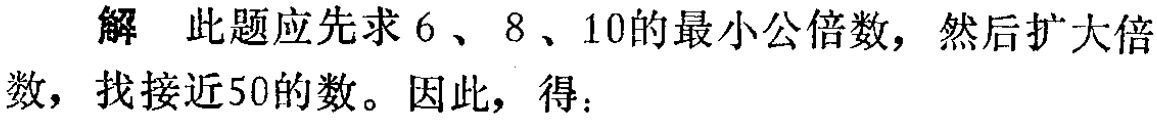
解 此题应先求 \(6\)、\(8\)、\(10\)的最小公倍数，然后扩大倍数，找接近\(50\)的数。因此，得：